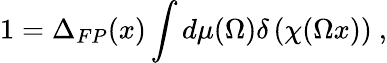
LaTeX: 1=\Delta_{FP}(x)\int d\mu(\Omega)\delta\left(\chi(\Omega x)\right)\ ,